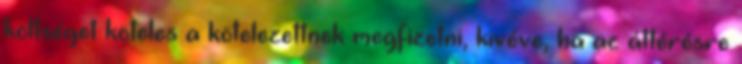
költséget köteles a kötelezettnek megfizetni, kivéve, ha az áttérésre